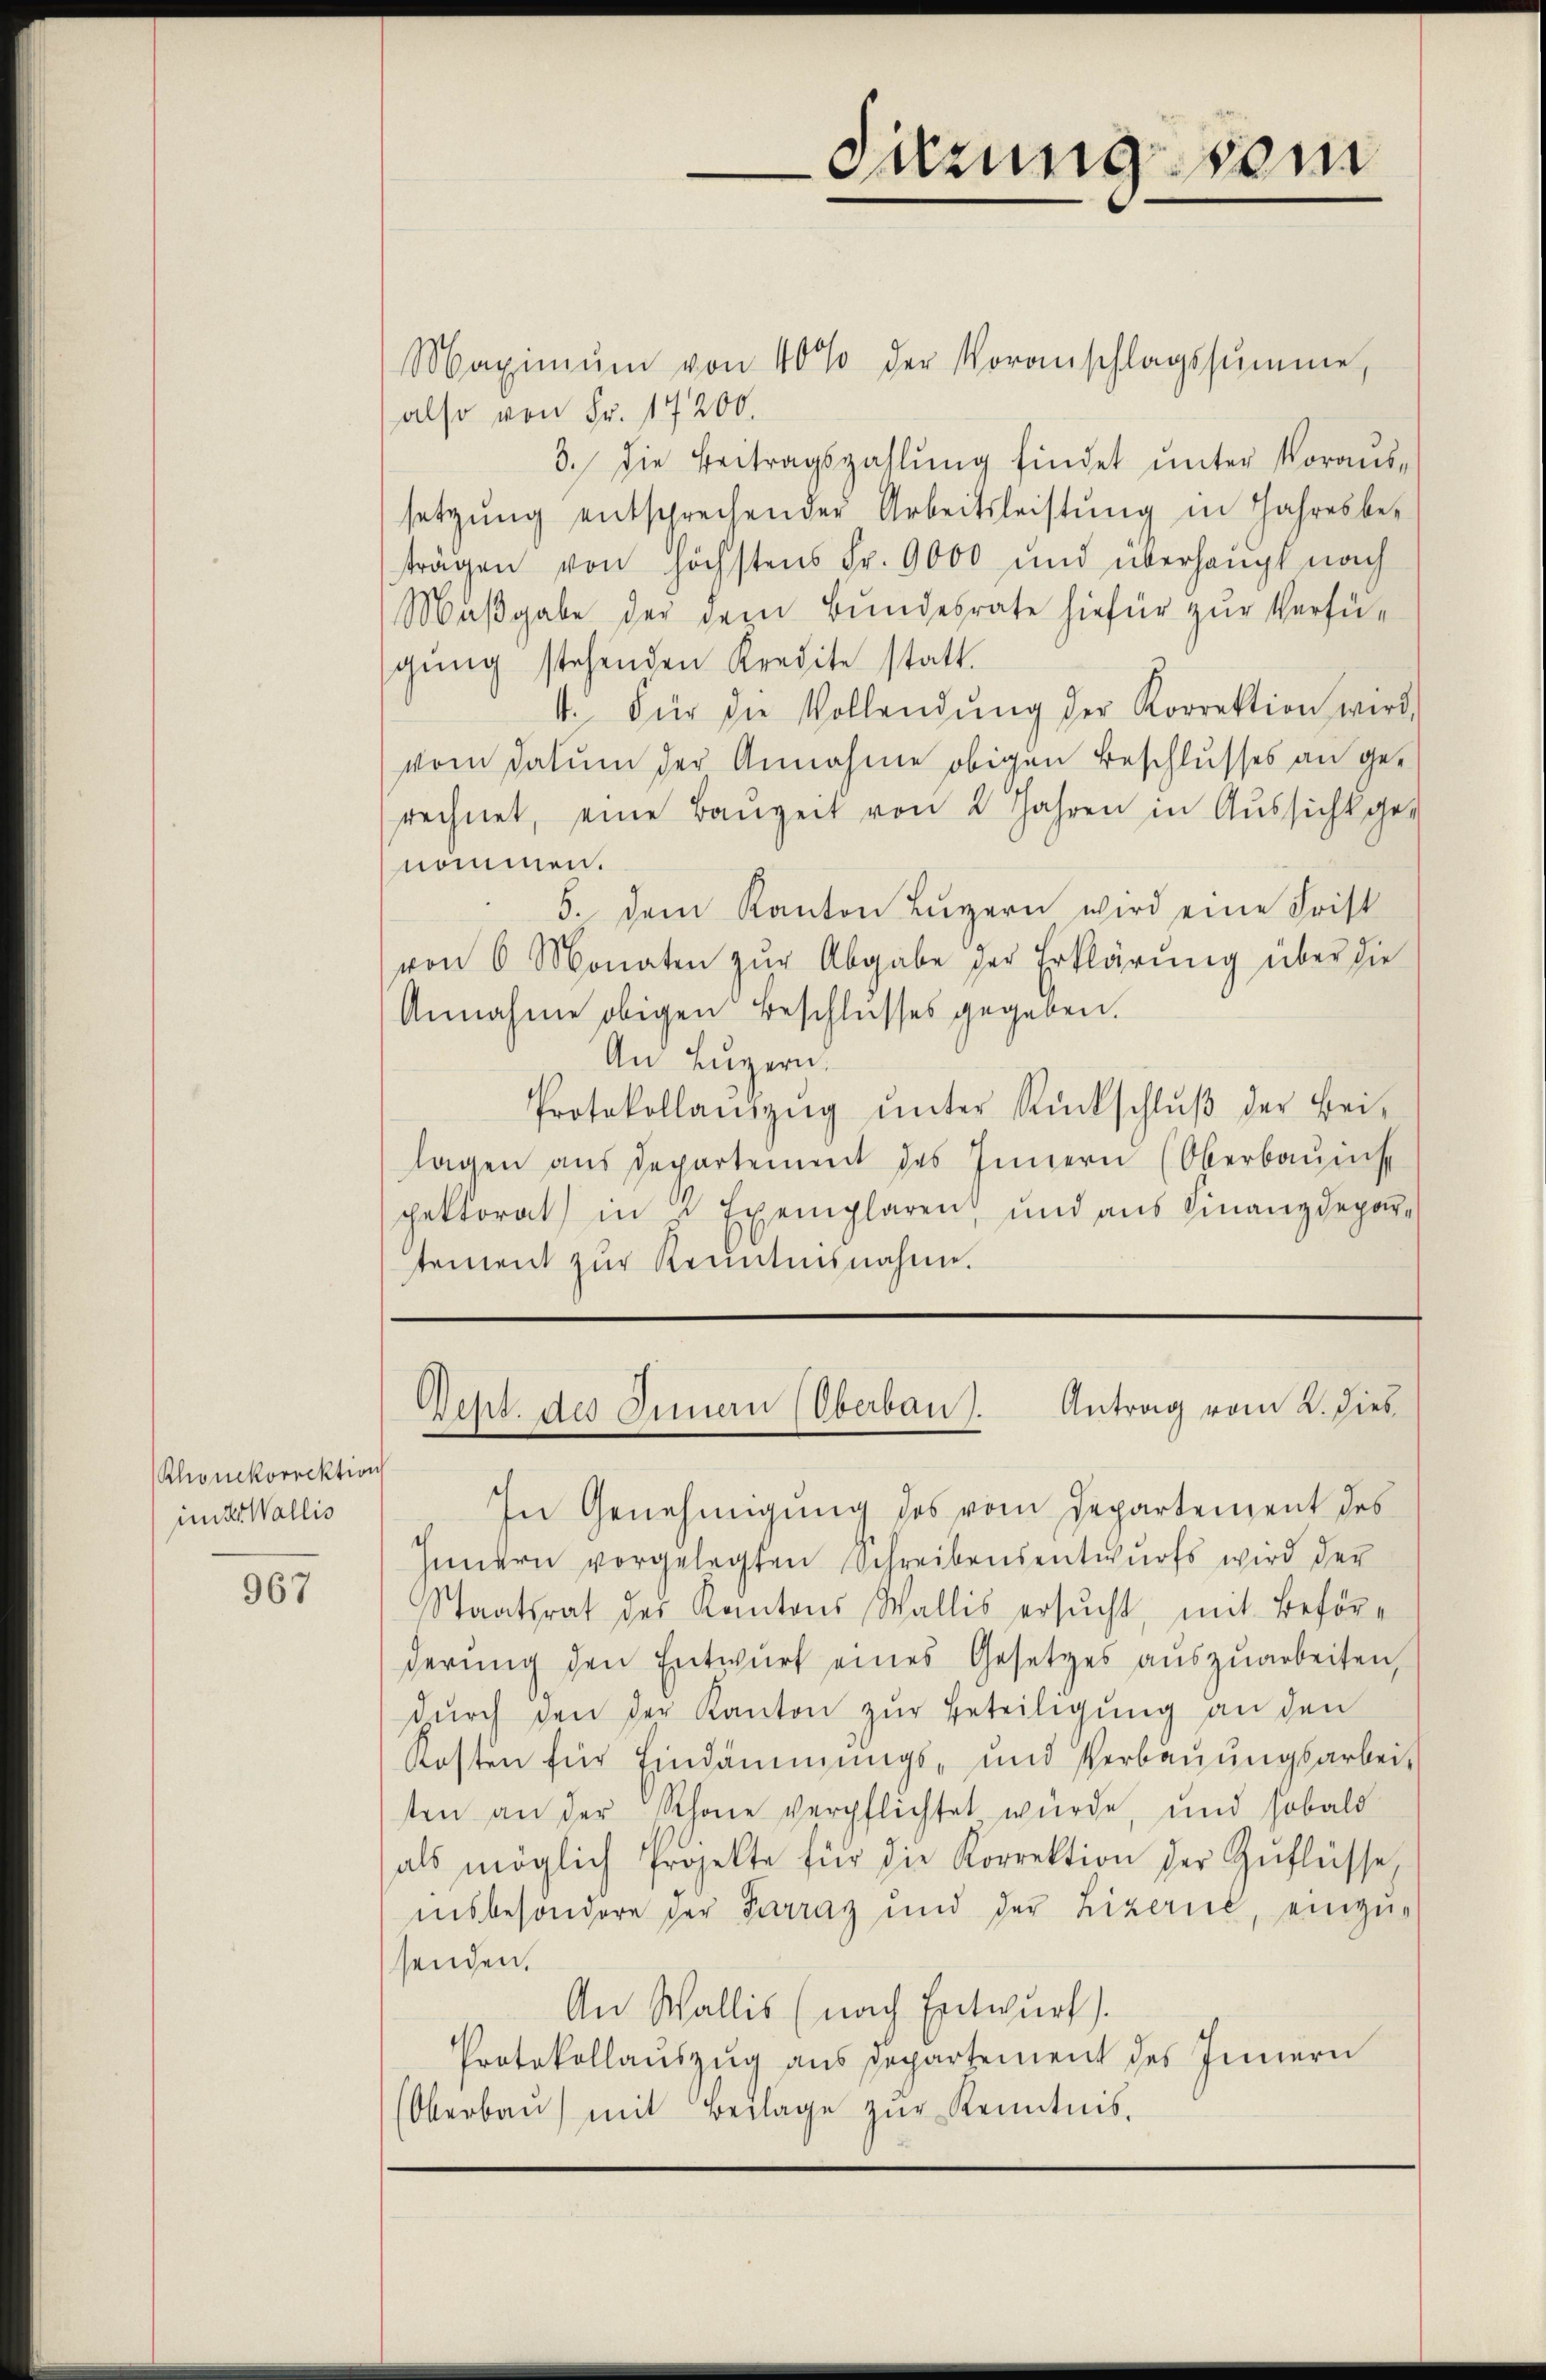
Rhonekorrektion
inter Wallis

967

Maximŭm von 40% der Voranschlagssumme,
also von Fr. 17200.
3. Die Beitragszahlung findet unter Voraus-
setzŭng entsprechender Arbeitsleistŭng in Jahresbe-
tragen von höchstens Fr. 9000 und überhängt nach
Maßgabe der dem Bundesrate hiefür zur Verfügŭng stehenden Kredite statt.
4. Für die Vollendŭng der Korrektion wird,
vom Datum der Annahme obigen Beschlusses an gerechnet, eine Bauzeit von 2 Jahren in Aussicht ge-
nommen.
5. dem Kanton Lŭzern wird eine Frist
von 6 Monaten zŭr Abgabe der Erklärŭng über die
Annahme obigen Beschlusses gegeben.
An Luzern.
Protokollaŭszŭg ŭnter Rückschlŭβ der Bei-
lagen aus Departement des Innern (Oberbauins
pektorat in u Exemplaren, und aŭs Finanzdepartement zur Kenntnisnahme.

In Genehmigung des vom Departement des
Innern vorgelegten Schreibensentwurfs wird der
Staatsrat des Kantons Wallis ersucht, mit Beförderŭng den Entwurf eines Gesetzes aŭszŭarbeiten,
dŭrch den der Kanton zur Beteiligung an den
Kosten für Eindämmungs- und Verbaŭŭngsarbeit
ten an der Schöne verpflichtet wurde, und sobald
als möglich Projekte für die Korrektion der Zŭflüsse,
insbesondere der Parraz und der Lizerić, einzusenden.
An Wallis (nach Entwurf).
Protokollauszug aus Departement des Innern
Oberbau) mit Beilage zur Kenntnis¬

üzung vom

Seht. des Innern (Oberbau). Antrag vom 2. Dieb¬